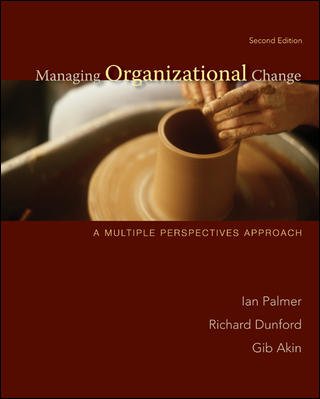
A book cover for Managing Organizational Change:  A Multiple Perspectives Approach; Ian Palmer; Business & Money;